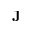
\mathbf { J }